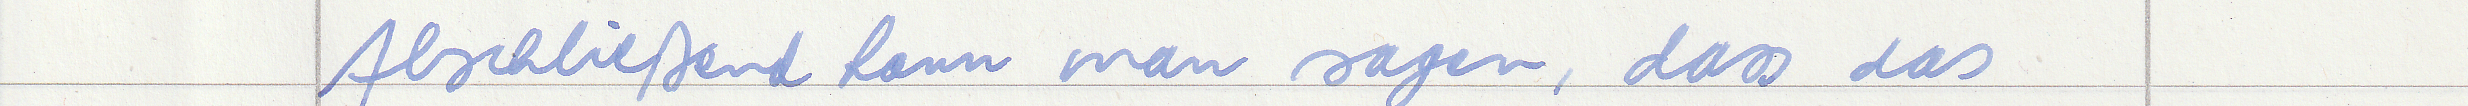
Abschließend kann man sagen, dass das